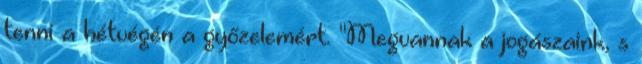
tenni a hétvégén a győzelemért. "Megvannak a jogászaink, s